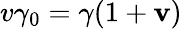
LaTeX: v\gamma_{0}=\gamma(1+\mathbf{v})